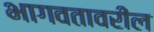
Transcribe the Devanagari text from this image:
भागवतावरील